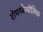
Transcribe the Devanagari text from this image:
रोमनकैथोलिक